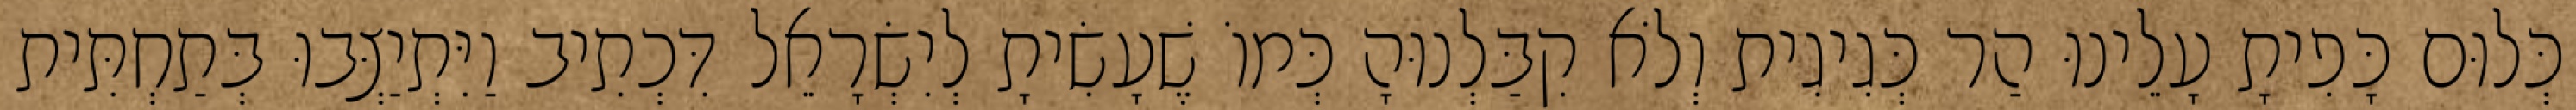
כְּלוּם כָּפִיתָ עָלֵינוּ הַר כְּגִיגִית וְלֹא קִבַּלְנוּהָ כְּמוֹ שֶׁעָשִׂיתָ לְיִשְׂרָאֵל דִּכְתִיב וַיִּתְיַצְּבוּ בְּתַחְתִּית